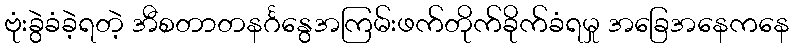
ဗုံးခွဲခံခဲ့ရတဲ့ အီစတာတနင်္ဂနွေအကြမ်းဖက်တိုက်ခိုက်ခံရမှု အခြေအနေကနေ